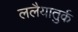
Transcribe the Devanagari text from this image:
ललैयातुर्क